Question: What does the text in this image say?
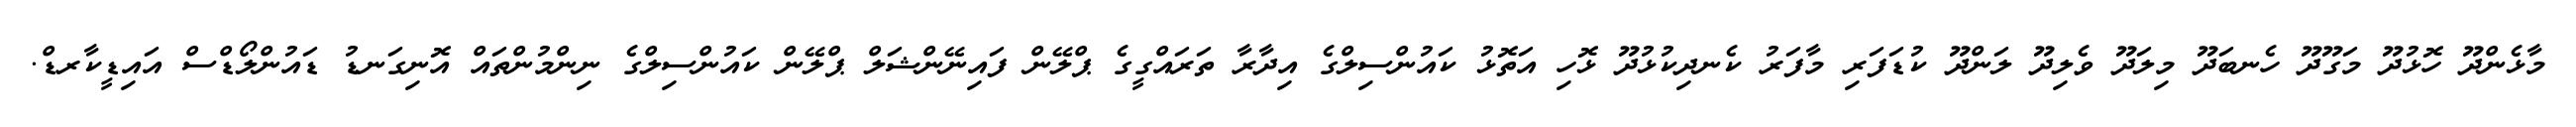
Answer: މާޅެންދޫ ހޮޅުދޫ މަގޫދޫ ހެނބަދޫ މިލަދޫ ވެލިދޫ ލަންދޫ ކުޑަފަރި މާފަރު ކެނދިކުޅުދޫ ޅޮހި އަތޮޅު ކައުންސިލްގެ އިދާރާ ތަރައްގީގެ ޕްލޭން ފައިނޭންޝަލް ޕްލޭން ކައުންސިލްގެ ނިންމުންތައް އޮނިގަނޑު ޑައުންލޯޑްސް އައިޑީކާރޑް.